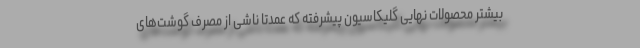
بیشتر محصولات نهایی گلیکاسیون پیشرفته که عمدتا ناشی از مصرف گوشت‌های